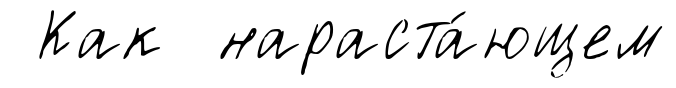
Как нараста́ющем